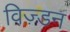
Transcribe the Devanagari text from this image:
विज़्डन